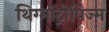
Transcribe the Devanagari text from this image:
थिग्मॉट्रोपिज्म